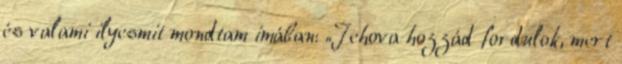
és valami ilyesmit mondtam imában: „Jehova hozzád fordulok, mert